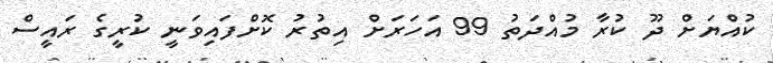
ކުއްޔަށް ދޫ ކުރާ މުއްދަތު 99 އަހަރަށް އިތުރު ކޮށްފައިވަނީ ކުރީގެ ރައީސް